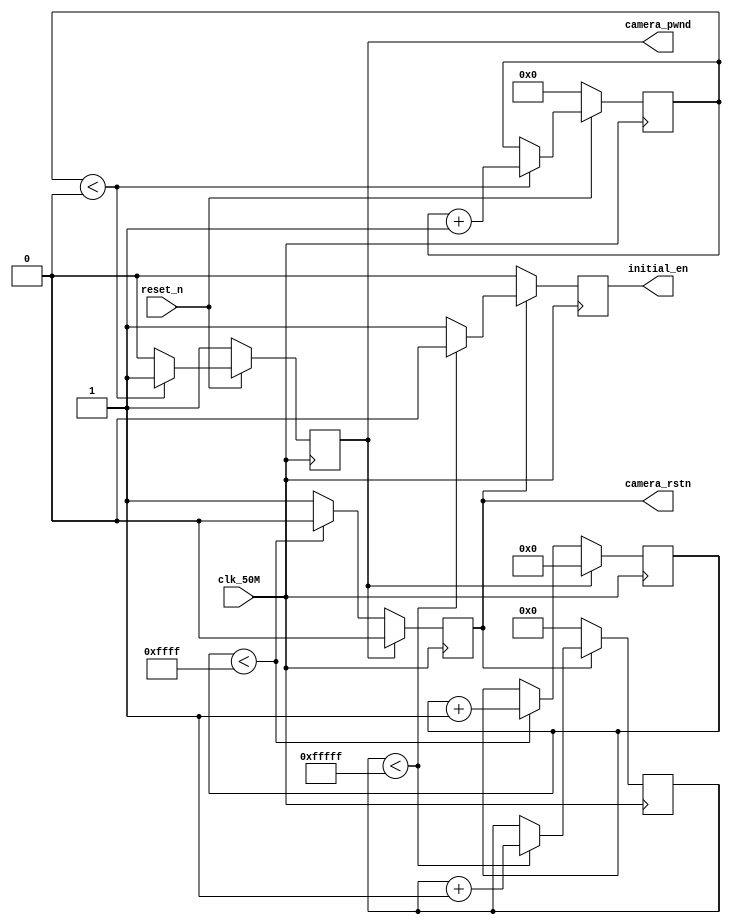
module power_on_delay(clk_50M,reset_n,camera_rstn,camera_pwnd,initial_en);                  
input clk_50M;
input reset_n;
output camera_rstn;
output camera_pwnd;
output initial_en;
reg [18:0]cnt1;
reg [15:0]cnt2;
reg [19:0]cnt3;
reg initial_en;
reg camera_rstn_reg;
reg camera_pwnd_reg;

assign camera_rstn=camera_rstn_reg;
assign camera_pwnd=camera_pwnd_reg;

//5ms, delay from sensor power up stable to Pwdn pull down
always@(posedge clk_50M)
begin
  if(reset_n==1'b0) begin
	    cnt1<=0;
		 camera_pwnd_reg<=1'b1;  
  end
  else if(cnt1<18'h40000) begin
       cnt1<=cnt1+1'b1;
       camera_pwnd_reg<=1'b1;
  end
  else
     camera_pwnd_reg<=1'b0;         
end

//1.3ms, delay from pwdn low to resetb pull up
always@(posedge clk_50M)
begin
  if(camera_pwnd_reg==1)  begin
	    cnt2<=0;
		 camera_rstn_reg<=1'b0;  
  end
  else if(cnt2<16'hffff) begin
       cnt2<=cnt2+1'b1;
       camera_rstn_reg<=1'b0;
  end
  else
     camera_rstn_reg<=1'b1;         
end

//21ms, delay from resetb pul high to SCCB initialization
always@(posedge clk_50M)
begin
  if(camera_rstn_reg==0) begin
         cnt3<=0;
         initial_en<=1'b0;
  end
  else if(cnt3<20'hfffff) begin
        cnt3<=cnt3+1'b1;
        initial_en<=1'b0;
  end
  else
       initial_en<=1'b1;    
end

endmodule